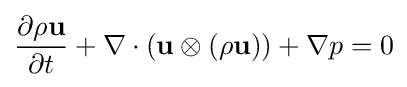
{\frac {\partial \rho {\mathbf {u} }}{\partial t}}+\nabla \cdot \left(\mathbf {u} \otimes \left(\rho \mathbf {u} \right)\right)+\nabla p=0\,\!